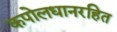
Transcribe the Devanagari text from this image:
कपोलधानरहित